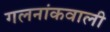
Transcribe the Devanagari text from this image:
गलनांकवाली